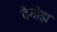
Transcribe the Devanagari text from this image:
देगोड़ा